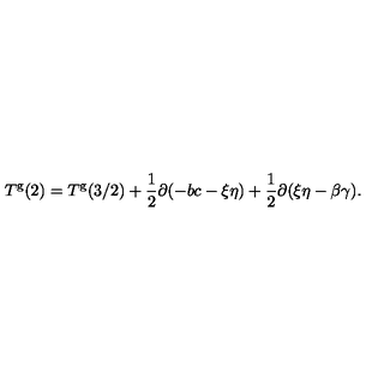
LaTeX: T ^ { \mathrm { g } } ( 2 ) = T ^ { \mathrm { g } } ( 3 / 2 ) + \frac { 1 } { 2 } \partial ( - b c - \xi \eta ) + \frac { 1 } { 2 } \partial ( \xi \eta - \beta \gamma ) .